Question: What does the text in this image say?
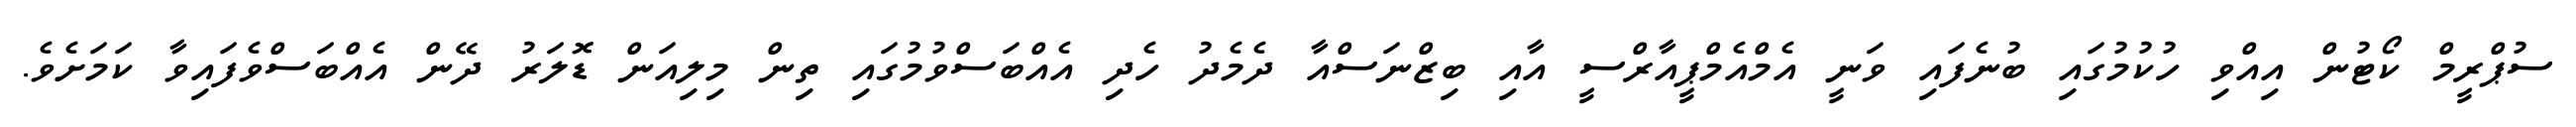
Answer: ސުޕްރީމް ކޯޓުން އިއްވި ހުކުމުގައި ބުނެފައި ވަނީ އެމްއެމްޕީއާރްސީ އާއި ބިޒްނަސްއާ ދެމެދު ހެދި އެއްބަސްވުމުގައި ތިން މިލިއަން ޑޮލަރު ދޭން އެއްބަސްވެފައިވާ ކަމަށެވެ.